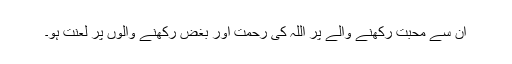
ان سے محبت رکھنے والے پر اللہ کی رحمت اور بغض رکھنے والوں پر لعنت ہو۔